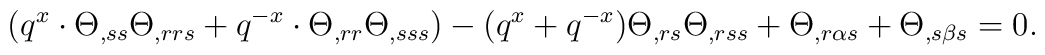
(q^x \cdot \Theta_{,ss}\Theta_{,rrs} + q^{-x} \cdot \Theta_{,rr}\Theta_{,sss})  - (q^x + q^{-x} ) \Theta_{,rs} \Theta_{,rss} + \Theta_{,r \alpha s} + \Theta_{,s \beta s} = 0.